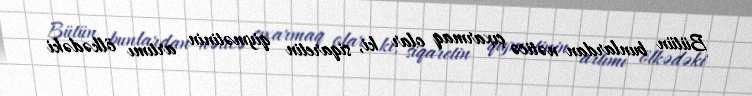
Bütün bunlardan nəticə çıxarmaq olar ki, siqaretin qiymətinin artımı ölkədəki